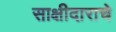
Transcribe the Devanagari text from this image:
साक्षीदाराचे